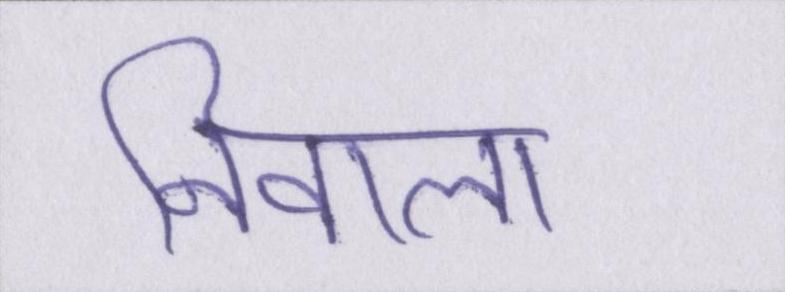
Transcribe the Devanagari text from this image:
निवाला